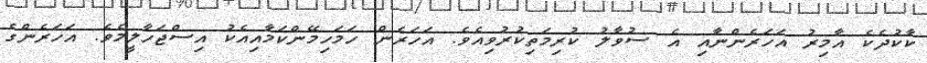
ކާކުދެކެ އާމިރު އަހަރެންނާއި އެ ސުވާލު ކުރިމަތިކުރުވިއެވެ. އަހަރެން ހަމަހިމޭންކަމާއިއެކު އިސްޖަހާލީމެވެ. އަހަރެންގެ